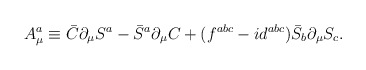
\begin{align*}A_{\mu}^{a}\equiv \bar C\partial_{\mu}S^{a}- \bar S^{a}\partial_{\mu}C+ ({f}^{abc}-i{d}^{abc})\bar S_{b}\partial_{\mu}{S}_{c}.\end{align*}